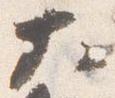
大